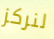
لنركز